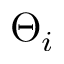
\Theta _ { i }